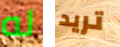
له تريد